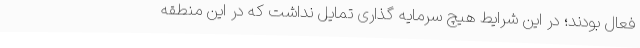
فعال بودند؛ در این شرایط هیچ سرمایه گذاری تمایل نداشت که در این منطقه